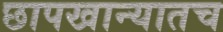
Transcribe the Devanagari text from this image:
छापखान्यातच